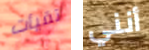
تقيأت أنني